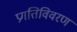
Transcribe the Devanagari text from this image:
प्रगतिविवरण